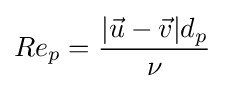
Re_{p}={\frac {|{\vec {u}}-{\vec {v}}|d_{p}}{\nu }}